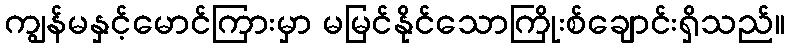
ကျွန်မနှင့်မောင်ကြားမှာ မမြင်နိုင်သောကြိုးစ်ချောင်းရှိသည်။